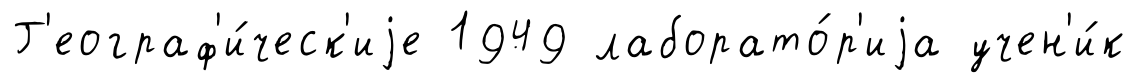
Г'еограф'и́ческ'иjе 1949 лаборато́р'иjа учен'и́к